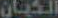
الكيان